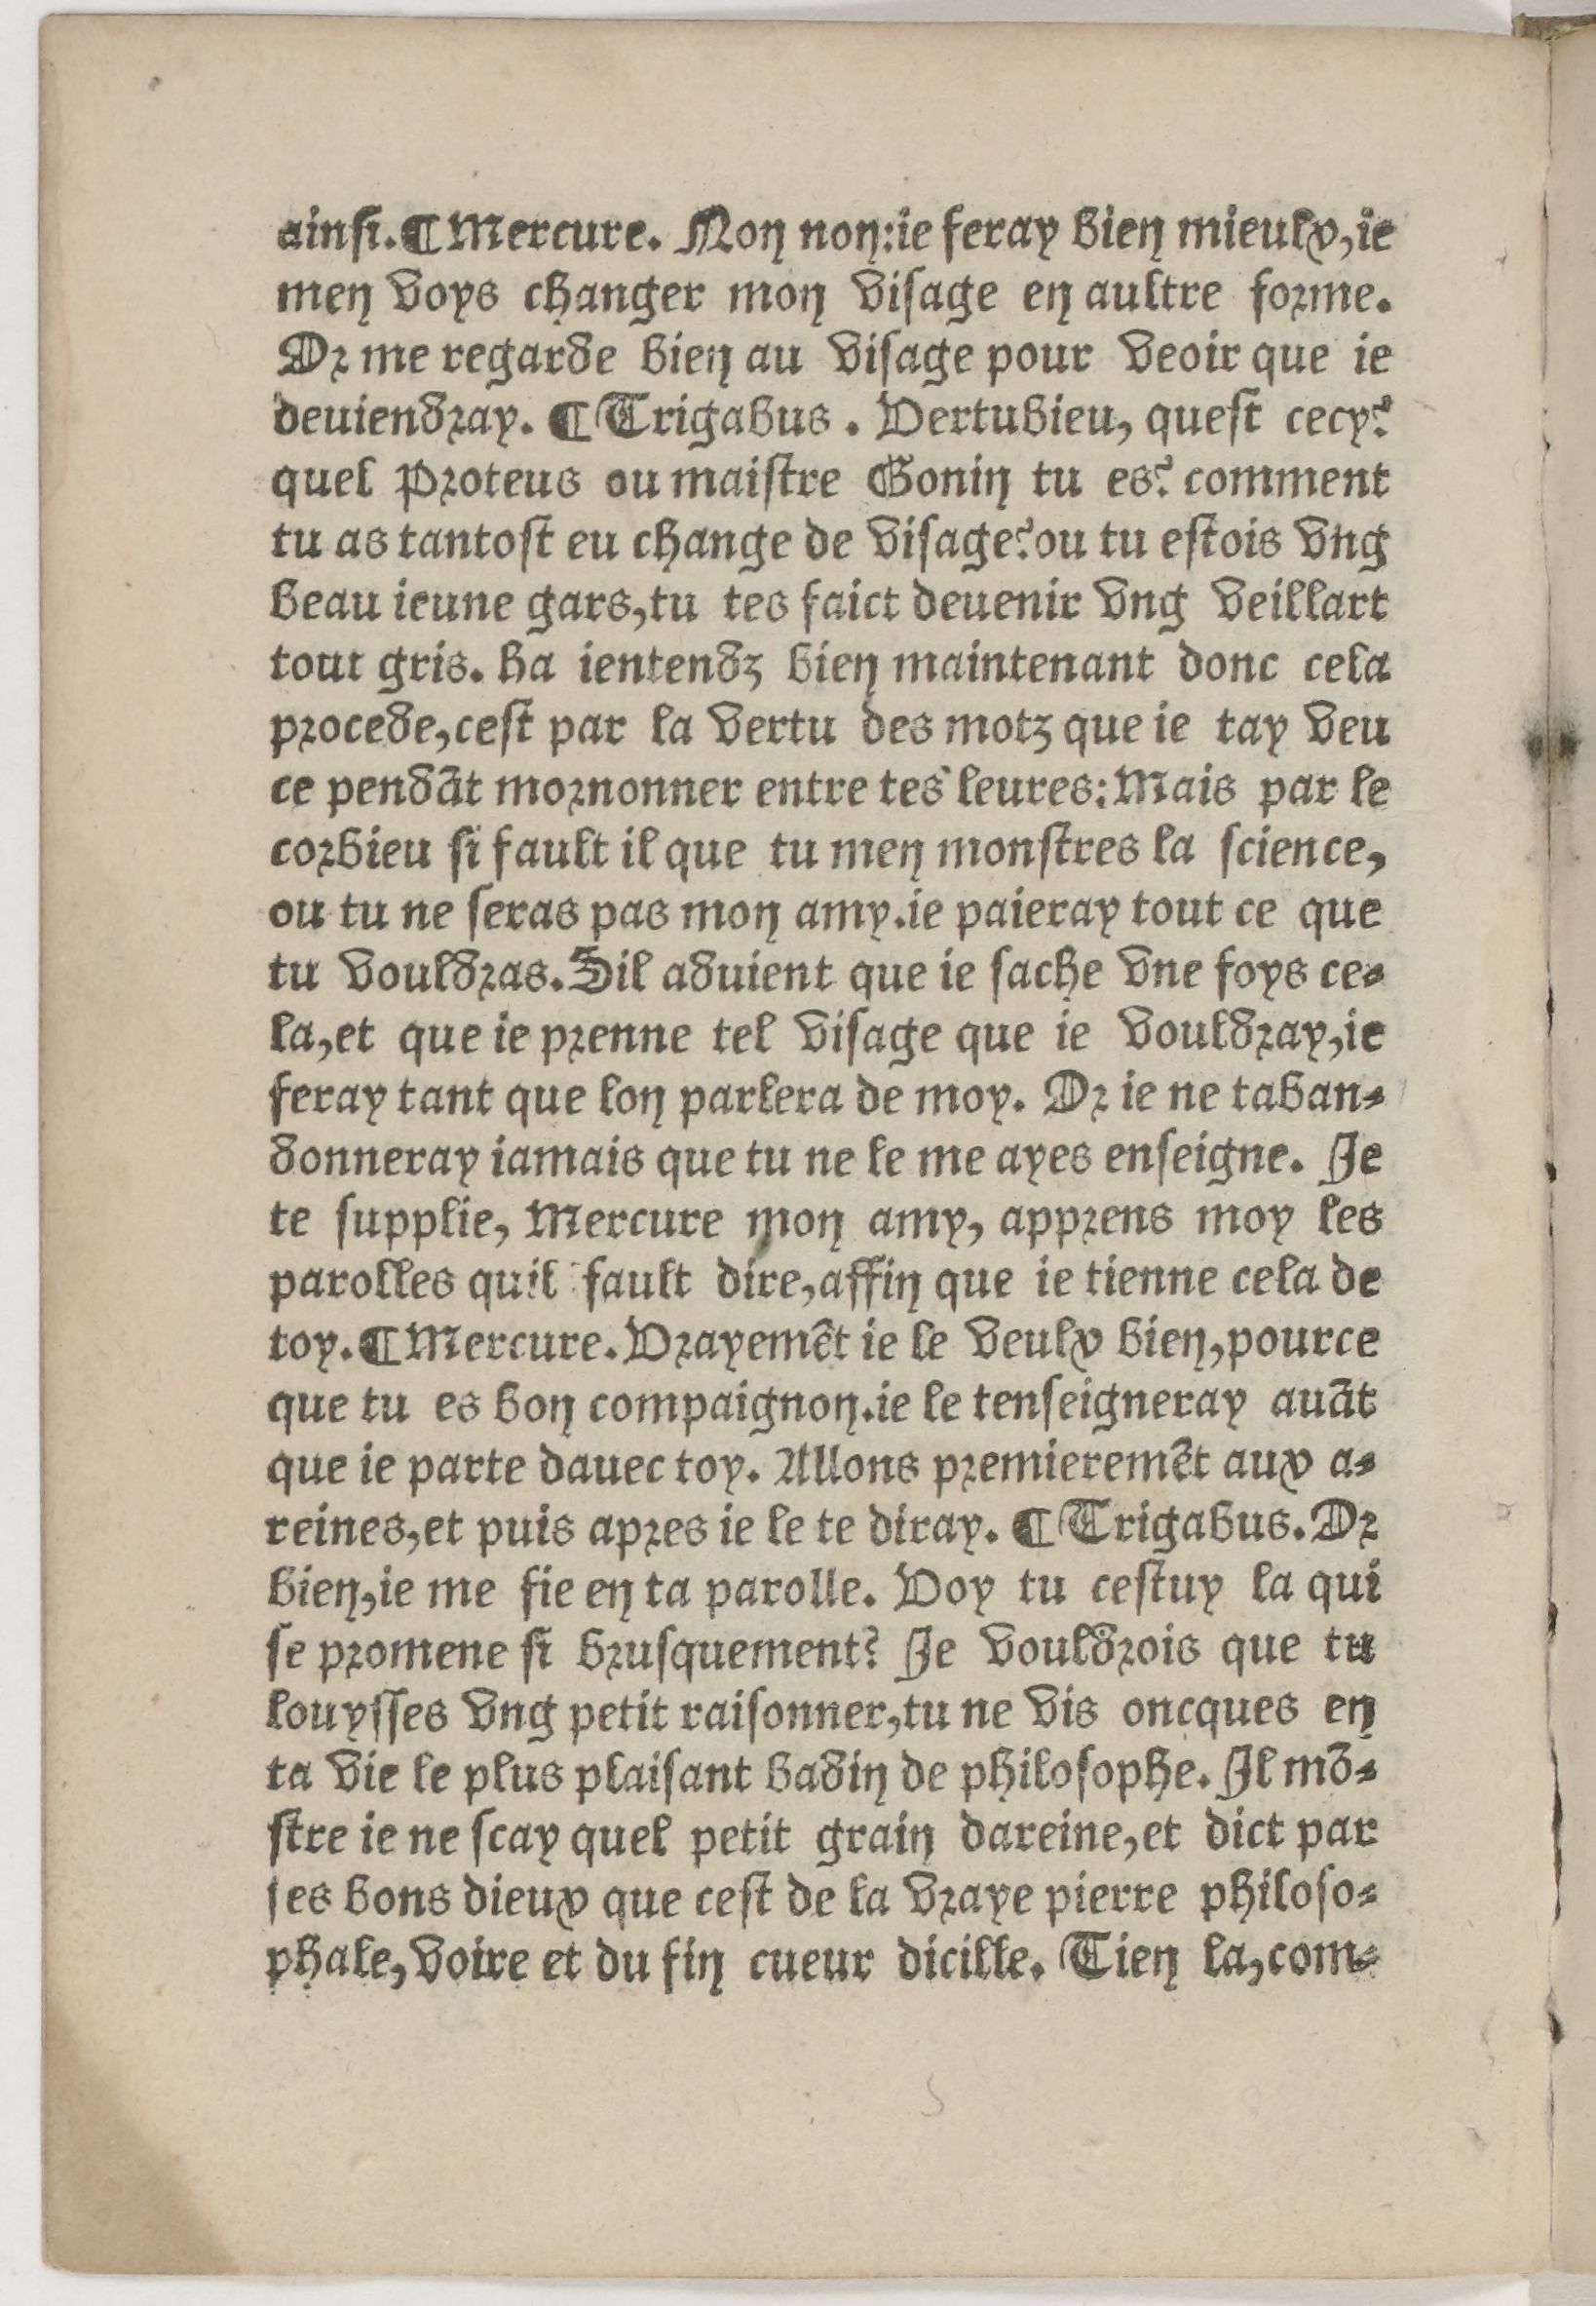
Shelfmark: Paris, BnF, Rés. Z-2442
Century: 16